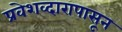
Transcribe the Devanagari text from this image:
प्रवेशव्दारापासून